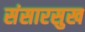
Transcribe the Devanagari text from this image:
संसारसुख